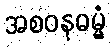
အစဝနဓမ္မံ